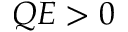
Q E > 0